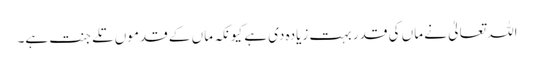
اللہ تعالیٰ نے ماں کی قدر بہت زیادہ دی ہے کیونکہ ماں کے قدموں تلے جنت ہے۔